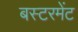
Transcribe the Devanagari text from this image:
बस्टरमेंट